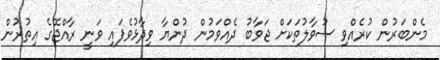
މެންބަރުން ކުރެއްވި ސުވާލުތަކަށް ޖަވާބު ދެއްވަމުން ދުންޔާ ވިދާޅުވެފައި ވަނީ ރާއްޖޭގެ އިތުރުން